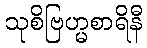
သုစိဗြဟ္မစာရိနီ